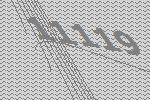
11119